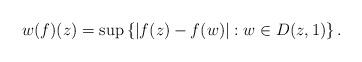
LaTeX: \begin{align*}w(f)(z)=\sup\left\{|f(z)-f(w)|:w\in D(z,1)\right\}.\end{align*}